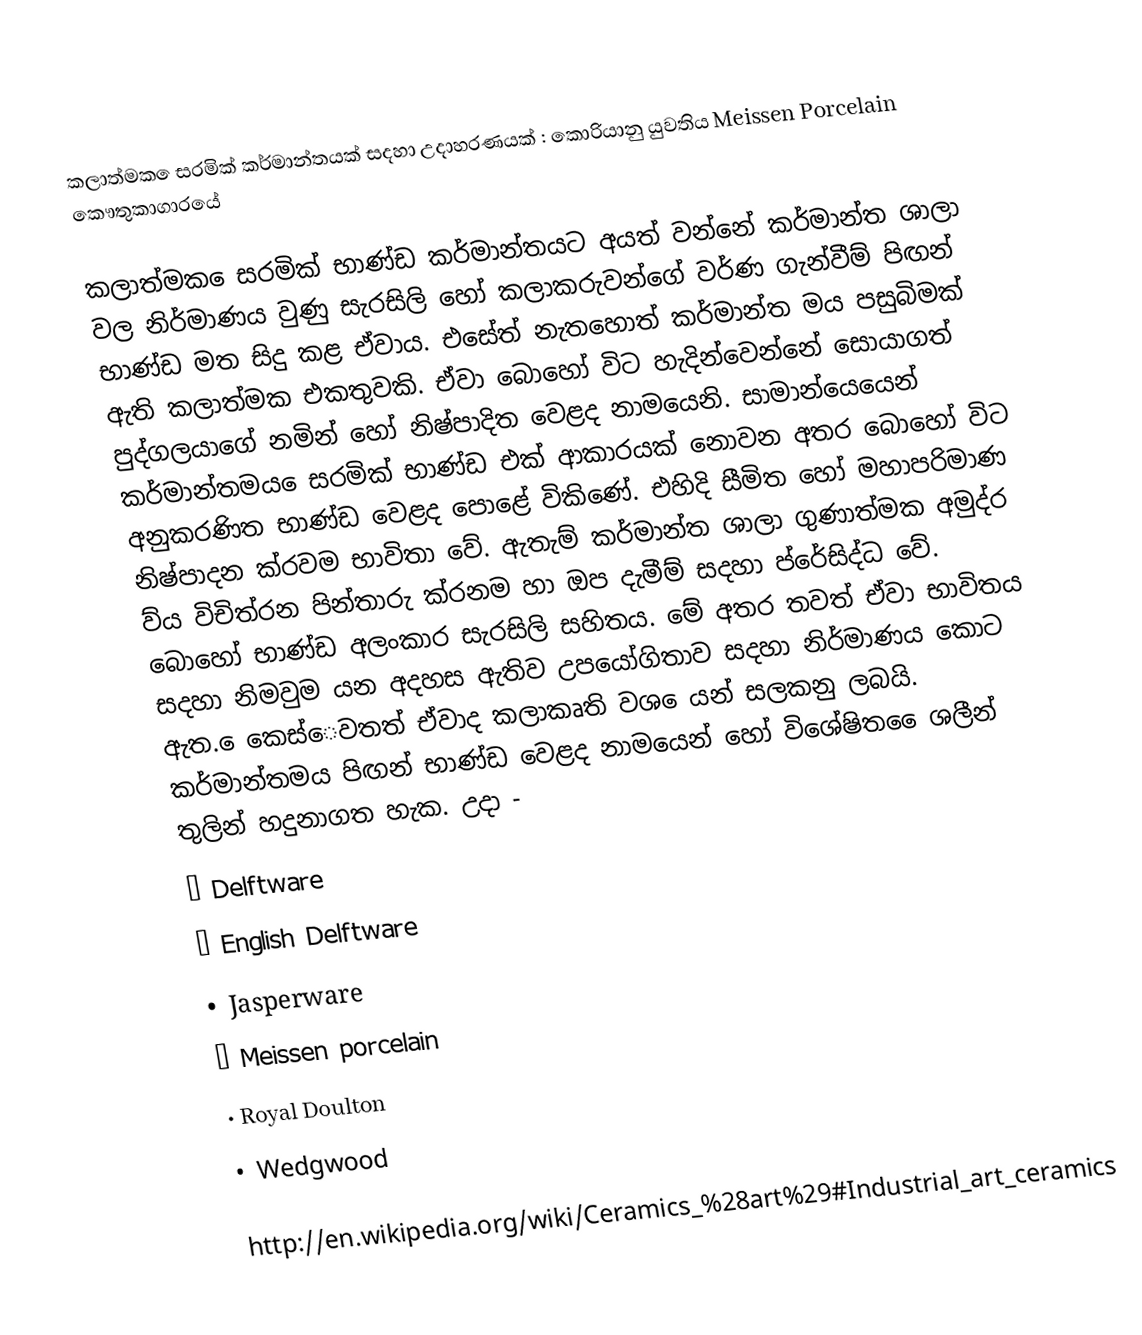
කලාත්මක ෙසරමික් කර්මාන්තයක් සදහා උදාහරණයක් : කොරියානු යුවතිය Meissen Porcelain කෞතුකාගාරයේ

කලාත්මක ෙසරමික් භාණ්ඩ කර්මාන්තයට අයත් වන්නේ කර්මාන්ත ශාලා වල නිර්මාණය වුණු සැරසිලි හෝ කලාකරුවන්ගේ වර්ණ ගැන්වීම් පිඟන් භාණ්ඩ මත සිදු කළ ඒවාය. එසේත් නැතහොත් කර්මාන්ත මය පසුබිමක් ඇති කලාත්මක එකතුවකි. ඒවා බොහෝ විට හැදින්වෙන්නේ සොයාගත් පුද්ගලයාගේ නමින් හෝ නිෂ්පාදිත වෙළද නාමයෙනි. සාමාන්යෙයෙන් කර්මාන්තමය ෙසරමික් භාණ්ඩ එක් ආකාරයක් නොවන අතර බොහෝ විට අනුකරණිත භාණ්ඩ වෙළද පොළේ විකිණේ. එහිදි සීමිත හෝ මහාපරිමාණ නිෂ්පාදන ක්රවම භාවිතා වේ. ඇතැම් කර්මාන්ත ශාලා ගුණාත්මක අමුද්ර ව්ය  විචිත්රන පින්තාරු ක්රනම හා ඔප දැමීම් සදහා ප්රේසිද්ධ වේ. බොහෝ භාණ්ඩ අලංකාර සැරසිලි සහිතය. මේ අතර තවත් ඒවා භාවිතය සදහා නිමවුම යන අදහස ඇතිව උපයෝගිතාව සදහා නිර්මාණය කොට ඇත. ෙකෙස්ෙවතත් ඒවාද කලාකෘති වශ ෙයන් සලකනු ලබයි. කර්මාන්තමය පිඟන් භාණ්ඩ වෙළද නාමයෙන් හෝ විශේෂිත ෙෙශලීන් තුලින් හදුනාගත හැක. උදා -
•	Delftware
•	English Delftware
•	Jasperware
•	Meissen porcelain
•	Royal Doulton
•	Wedgwood

http://en.wikipedia.org/wiki/Ceramics_%28art%29#Industrial_art_ceramics